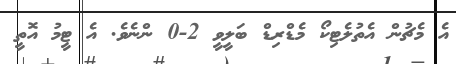
އެ މެޗުން އެތުލެޓިކޯ މެޑްރިޑް ބަލީވީ 2-0 ންނެވެ. އެ ޓީމު އޮތީ